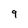
Character: 9